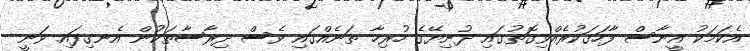
އެކަމަކު އީނާސް ފާހަގަކުރެއްވިގޮތުގައި ދުނިޔޭގެ ހުރިހާ ތަނެއްގައި ވެސް ދިރާސާތަކުން އެނގިފައި ވަނީ